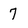
Character: 7